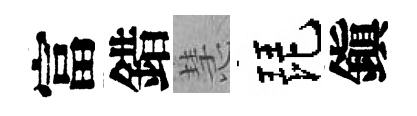
富錯慧琵鎭